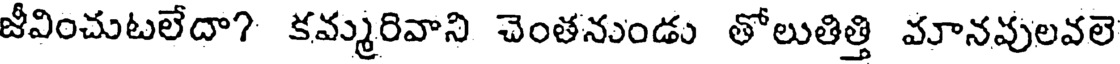
జీవించుటలేదా? కమ్మరివాని చెంతనుండు తోలుతిత్తి మానవులవలె